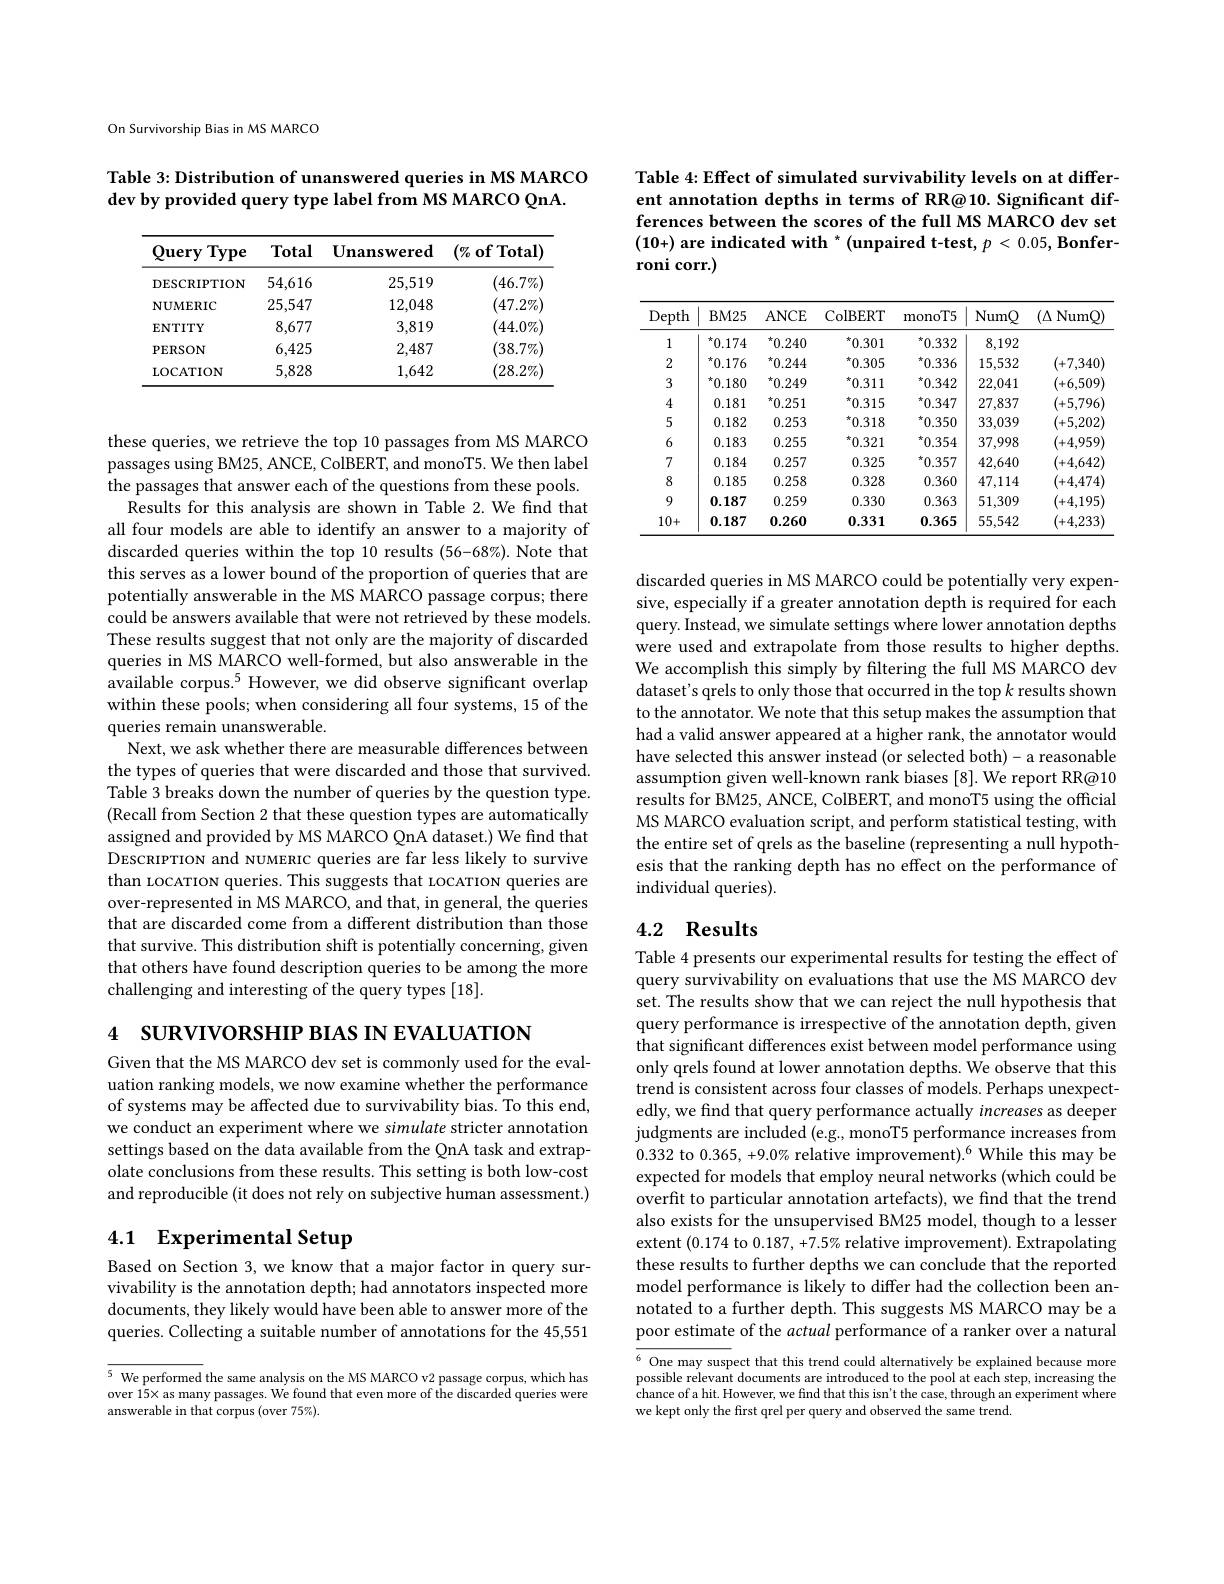
On Survivorship Bias in MS MARCO

Table 3: Distribution of unanswered queries in MS MARCO
dev by provided query type label from MS MARCO QnA.

<table>
	<tbody>
		<tr>
			<th>Type Query</th>
			<th>Total</th>
			<th>Unanswered</th>
			<th>$(\%$ of Total)</th>
		</tr>
		<tr>
			<td>DESCRIPTION</td>
			<td>54,616</td>
			<td>25,519</td>
			<td>$(46.7\%$</td>
		</tr>
		<tr>
			<td>$\mathbf{NUMERIC}$</td>
			<td>25,547</td>
			<td>12,048</td>
			<td>$(47.2\%$</td>
		</tr>
		<tr>
			<td>ENTITY</td>
			<td>8,677</td>
			<td>3,819</td>
			<td>$(44.0\%$</td>
		</tr>
		<tr>
			<td>$\mathbf{PERSON}$</td>
			<td>6,425</td>
			<td>2,487</td>
			<td>$(38.7\%$</td>
		</tr>
		<tr>
			<td>LOCATION</td>
			<td>5,828</td>
			<td>1,642</td>
			<td>$(28.2\%$</td>
		</tr>
	</tbody>
</table>

these queries, we retrieve the top 10 passages from MS MARCO passages using BM25, ANCE, ColBERT, and monoT5. We then label the passages that answer each of the questions from these pools.
Results for this analysis are shown in Table 2.We find that all four models are able to identify an answer to a majority of discarded queries within the top 10 results (56-68%). Note that this serves as a lower bound of the proportion of queries that are potentially answerable in the MS MARCO passage corpus; there could be answers available that were not retrieved by these models. These results suggest that not only are the majority of discarded queries in MS MARCO well-formed, but also answerable in the available corpus.$^5$ However, we did observe significant overlap within these pools; when considering all four systems, 15 of the queries remain unanswerable.
Next, we ask whether there are measurable differences between the types of queries that were discarded and those that survived. Table 3 breaks down the number of queries by the question type. (Recall from Section 2 that these question types are automatically assigned and provided by MS MARCO QnA dataset.) We find that DESCRIPTION and NUMERIC queries are far less likely to survive than LOCATION queries. This suggests that 10cATION queries are over-represented in MS MARCO, and that, in general, the queries that are discarded come from a different distribution than those that survive. This distribution shift is potentially concerning, given that others have found description queries to be among the more challenging and interesting of the query types [18].

4 SURVIVORSHIP BIAS IN EVALUATION

Given that the MS MARCO dev set is commonly used for the evaluation ranking models, we now examine whether the performance of systems may be affected due to survivability bias. To this end, we conduct an experiment where we simulate stricter annotation settings based on the data available from the QnA task and extrapolate conclusions from these results. This setting is both low-cost and reproducible (it does not rely on subjective human assessment.)

# 4.1 Experimental Setup

Based on Section 3, we know that a major factor in query survivability is the annotation depth; had annotators inspected more documents, they likely would have been able to answer more of the queries. Collecting a suitable number of annotations for the 45,551

$\overline{5\text{ We performed}}$ the same analysis on the MS MARCO v2 passage corpus, which has over 15× as many passages. We found that even more of the discarded queries were answerable in that corpus (over 75%).

Table 4: Effect of simulated survivability levels on at different annotation depths in terms of RR@10. Significant differences between the scores of the full MS MARCO dev set $(10+)\textbf{ are indicated with }^{*}($unpaired t-test,$p< 0. 05, \textbf{Bonfer- }$ roni corr.)

<table>
	<tbody>
		<tr>
			<th>Depth</th>
			<th>$BM25$</th>
			<th>ANCE</th>
			<th>ColBERT</th>
			<th>monoT5</th>
			<th>NumQ</th>
			<th>$(\Delta$ NumQ)</th>
		</tr>
		<tr>
			<td>1</td>
			<td>$^{\star}0.174$</td>
			<td>$^{\star}0.240$</td>
			<td>$^{*}0.301$</td>
			<td>$^{*}0.332$</td>
			<td>8,192</td>
			<td> </td>
		</tr>
		<tr>
			<td>2</td>
			<td>0.176 H</td>
			<td>$^{\star}0.244$</td>
			<td>$^{*}0.305$</td>
			<td>$^{*}0.336$</td>
			<td>15,532</td>
			<td>(+7,340)</td>
		</tr>
		<tr>
			<td>3</td>
			<td>${}^{\star}0.180$ 大 =1</td>
			<td>${}^{\star}0.249$</td>
			<td>$^{\star}0.311$</td>
			<td>$^{*}0.342$</td>
			<td>22,041</td>
			<td>(+6,509</td>
		</tr>
		<tr>
			<td>4</td>
			<td>0.181</td>
			<td>$^{\star}0.251$</td>
			<td>$^{*}0.315$</td>
			<td>$^{*}0.347$</td>
			<td>27,837</td>
			<td>(+5,796</td>
		</tr>
		<tr>
			<td>5</td>
			<td>0.182</td>
			<td>0.253</td>
			<td>$^{*}0.318$</td>
			<td>$^{*}0.350$</td>
			<td>33,039</td>
			<td>(+5,202]</td>
		</tr>
		<tr>
			<td>6</td>
			<td>0.183</td>
			<td>0.255</td>
			<td>$^{*}0.321$</td>
			<td>$^{*}0.354$</td>
			<td>37,998</td>
			<td>(+4,959)</td>
		</tr>
		<tr>
			<td>7</td>
			<td>0.184</td>
			<td>0.257</td>
			<td>0.325</td>
			<td>$^{*}0.357$</td>
			<td>42,640</td>
			<td>(+4,642]</td>
		</tr>
		<tr>
			<td>8</td>
			<td>0.185</td>
			<td>0.258</td>
			<td>0.328</td>
			<td>0.360</td>
			<td>47,114</td>
			<td>(+4,474)</td>
		</tr>
		<tr>
			<td>9</td>
			<td>0.187</td>
			<td>0.259</td>
			<td>0.330</td>
			<td>0.363</td>
			<td>51,309</td>
			<td>(+4,195)</td>
		</tr>
		<tr>
			<td>10+</td>
			<td>0.187</td>
			<td>0.260</td>
			<td>0.331</td>
			<td>0.365</td>
			<td>55,542</td>
			<td>(+4,233</td>
		</tr>
	</tbody>
</table>

discarded queries in MS MARCO could be potentially very expensive, especially if a greater annotation depth is required for each query. Instead, we simulate settings where lower annotation depths were used and extrapolate from those results to higher depths. We accomplish this simply by filtering the full MS MARCO dev dataset's qrels to only those that occurred in the top $k$ results shown to the annotator. We note that this setup makes the assumption that had a valid answer appeared at a higher rank, the annotator would have selected this answer instead (or selected both)- a reasonable assumption given well-known rank biases [8]. We report RR@10 results for BM25, ANCE, ColBERT, and monoT5 using the official MS MARCO evaluation script, and perform statistical testing, with the entire set of qrels as the baseline (representing a null hypothesis that the ranking depth has no effect on the performance of individual queries).

## 4.2 Results

Table 4 presents our experimental results for testing the effect of query survivability on evaluations that use the MS MARCO dev set. The results show that we can reject the null hypothesis that query performance is irrespective of the annotation depth, given that significant differences exist between model performance using only qrels found at lower annotation depths. We observe that this trend is consistent across four classes of models. Perhaps unexpectedly, we find that query performance actually increases as deeper judgments are included (e.g., monoT5 performance increases from 0.332 to $0.365,+9.0\%$ relative improvement).$^6$ While this may be expected for models that employ neural networks (which could be overfit to particular annotation artefacts), we find that the trend also exists for the unsupervised BM25 model, though to a lesser extent (0.174 to $0.187,+7.5\%$ relative improvement). Extrapolating these results to further depths we can conclude that the reported model performance is likely to differ had the collection been annotated to a further depth. This suggests MS MARCO may be a poor estimate of the actual performance of a ranker over a natural

$\overline{^6\text{One may susp}}$ect that this trend could alternatively be explained because more nossible relevant documents are introduced to the nool at each sten increasing the possible relevant documents are introduced to the pool at each step, increasing the chance of a hit. However, we find that this isn't the case, through an experiment where we kept only the frst qrel per query and observed the same trend.